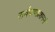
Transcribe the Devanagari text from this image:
सर्वपापप्रशमनं